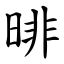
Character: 㫵